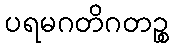
ပရမဂတိဂတဉ္စ